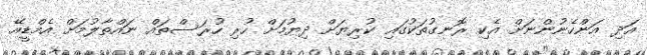
އަދި އަންހެނުންނަށް އެކި ރޮނގުތަކުގައި ކުރިޔަށް ދިޔުމަށް ހުރި ހުރަސްތައް ނައްތާލުމަށް އެމްޑީއޭ